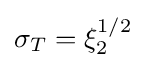
\sigma _{T}=\xi _{2}^{1/2}